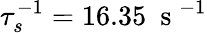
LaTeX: \tau_{s}^{-1}=16.35~\mathrm{~s~}^{-1}